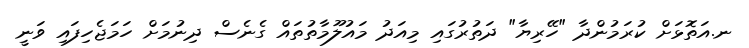
ނ.އަތޮޅަށް ކުރަމުންދާ "ހޭރިޔާ" ދަތުރުގައި މިއަދު މައުލޫމާތުތައް ގެނެސް ދިނުމަށް ހަމަޖެހިފައި ވަނީ